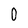
Character: 0